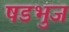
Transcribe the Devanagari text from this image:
षडभुज